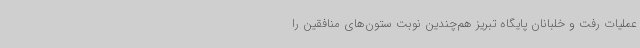
عملیات رفت و خلبانان پایگاه تبریز هم‌چندین نوبت ستون‌های منافقین را